Indian Civil Veterinary Department memoirs
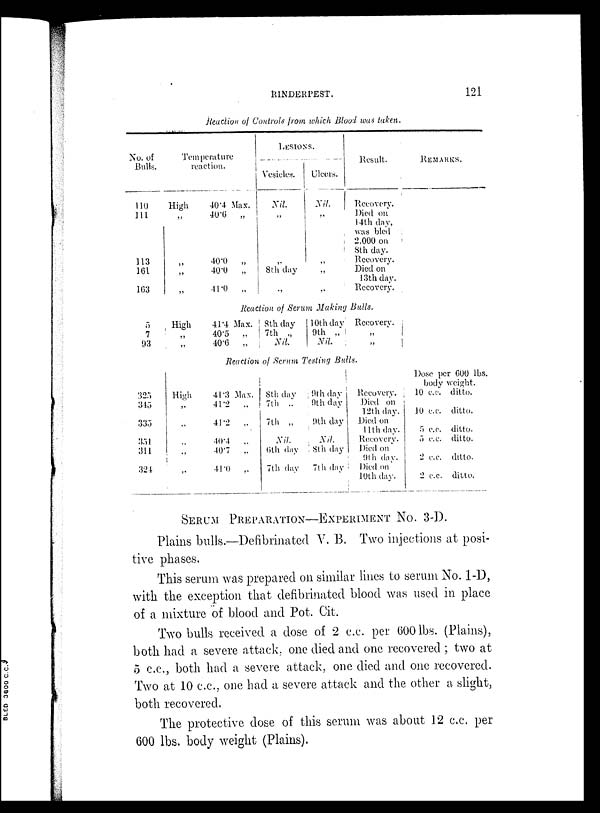
RINDERPEST.
121
Reaction of Controls from which Blood was taken.
No. of
Bulls.
110
111
113
161
163
Temperature
reaction.
High
„
„
„
40.4 Max.
40.0
„
40.0
„
40.0
„
41.0
„
LESIONS.
Vesicles.
Nil.
„
„
8th clay
„
Ulcers.
Nil.
„
„
„
„
Result.
Recovery.
Died on
14th day,
was bled
2,000 on
8th day.
Recovery.
Died on
13th day.
Recovery.
REMARKS.
Reaction of Serum Making Bulls.
5
7
93
High
„
„
41.4 Max.
40.5
„
40.6
„
8th day
7th „
Nil.
10th day
9th „
Nil.
Recovery.
„
„
Reaction of Serum Testing Bulls.
325
345
335
351
311
324
High
„
„
„
„
„
41.3 Max.
41.2
„
41.2
„
40.4
„
40.7
„
41.0
„
8th day
7th „
7th „
Nil.
6th day
7th day
9th day
9th day
9th day
Nil.
8th day
7th day
Recovery.
Died on
12th day.
Died on
11th day.
Recovery.
Died on
9th day.
Died on
10th day.
Dose per 600 lbs.
body weight.
10 c.c. ditto.
10 c.c. ditto.
5 c.c. ditto.
5 c.c. ditto.
2 c.c. ditto.
2 c.c. ditto.
SERUM PREPARATION-EXPERIMENT NO. 3-D.
Plains bulls.—Defibrinated V. B. Two injections at posi-
tive phases.
This serum was prepared on similar lines to serum No. 1-D,
with the exception that defibrinated blood was used in place
of a mixture of blood and Pot. Cit.
Two bulls received a dose of 2 c.c. per 600 lbs. (Plains),
both had a severe attack, one died and one recovered ; two at
5 c.c., both had a severe attack, one died and one recovered.
Two at 10 c.c., one had a severe attack and the other a slight,
both recovered.
The protective dose of this serum was about 12 c.c. per
600 lbs. body weight (Plains).